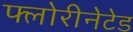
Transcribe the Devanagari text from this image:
फ्लोरीनेटेड